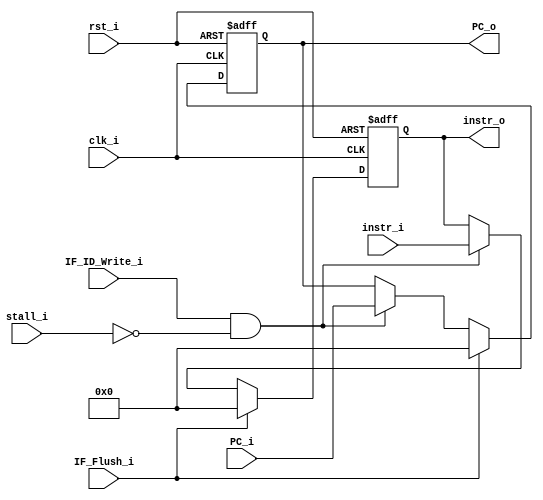
module IF_ID
(
	PC_i, instr_i,
	PC_o, instr_o,
	// Control signal
	IF_ID_Write_i,
	IF_Flush_i,
	stall_i,
	clk_i,
	rst_i
);

// Data content
input		[31:0]	PC_i, instr_i;
output reg	[31:0]	PC_o, instr_o;

// Hazard control
input	IF_ID_Write_i, IF_Flush_i;

// General control
input	clk_i, rst_i;

// Memory stall
input	stall_i;

always @(posedge clk_i or negedge rst_i)
begin
	if (~rst_i)
	begin
		PC_o <= 32'b0;
		instr_o <= 32'b0;
	end
	else if (IF_Flush_i == 1'b1)
	begin
		PC_o <= 32'b0;
		instr_o <= 32'b0;
	end
	else if (IF_ID_Write_i && ~stall_i)
	begin
		PC_o <= PC_i;
		instr_o <= instr_i;
	end
	else if (stall_i)
	begin
		PC_o <= PC_o;
		instr_o <= instr_o;
	end
end

endmodule